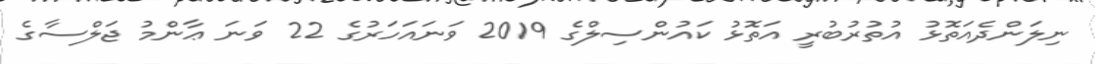
ނިލަންދެއަތޮޅު އުތުރުބުރީ އަތޮޅު ކައުންސިލްގެ 2019 ވަނައަހަރުގެ 22 ވަނަ ޢާންމު ޖަލްސާގެ